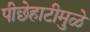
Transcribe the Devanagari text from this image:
पीछेहाटीमुळे